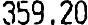
359.20